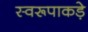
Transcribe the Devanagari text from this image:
स्वरूपाकड़े